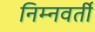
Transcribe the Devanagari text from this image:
निम्नवर्ती